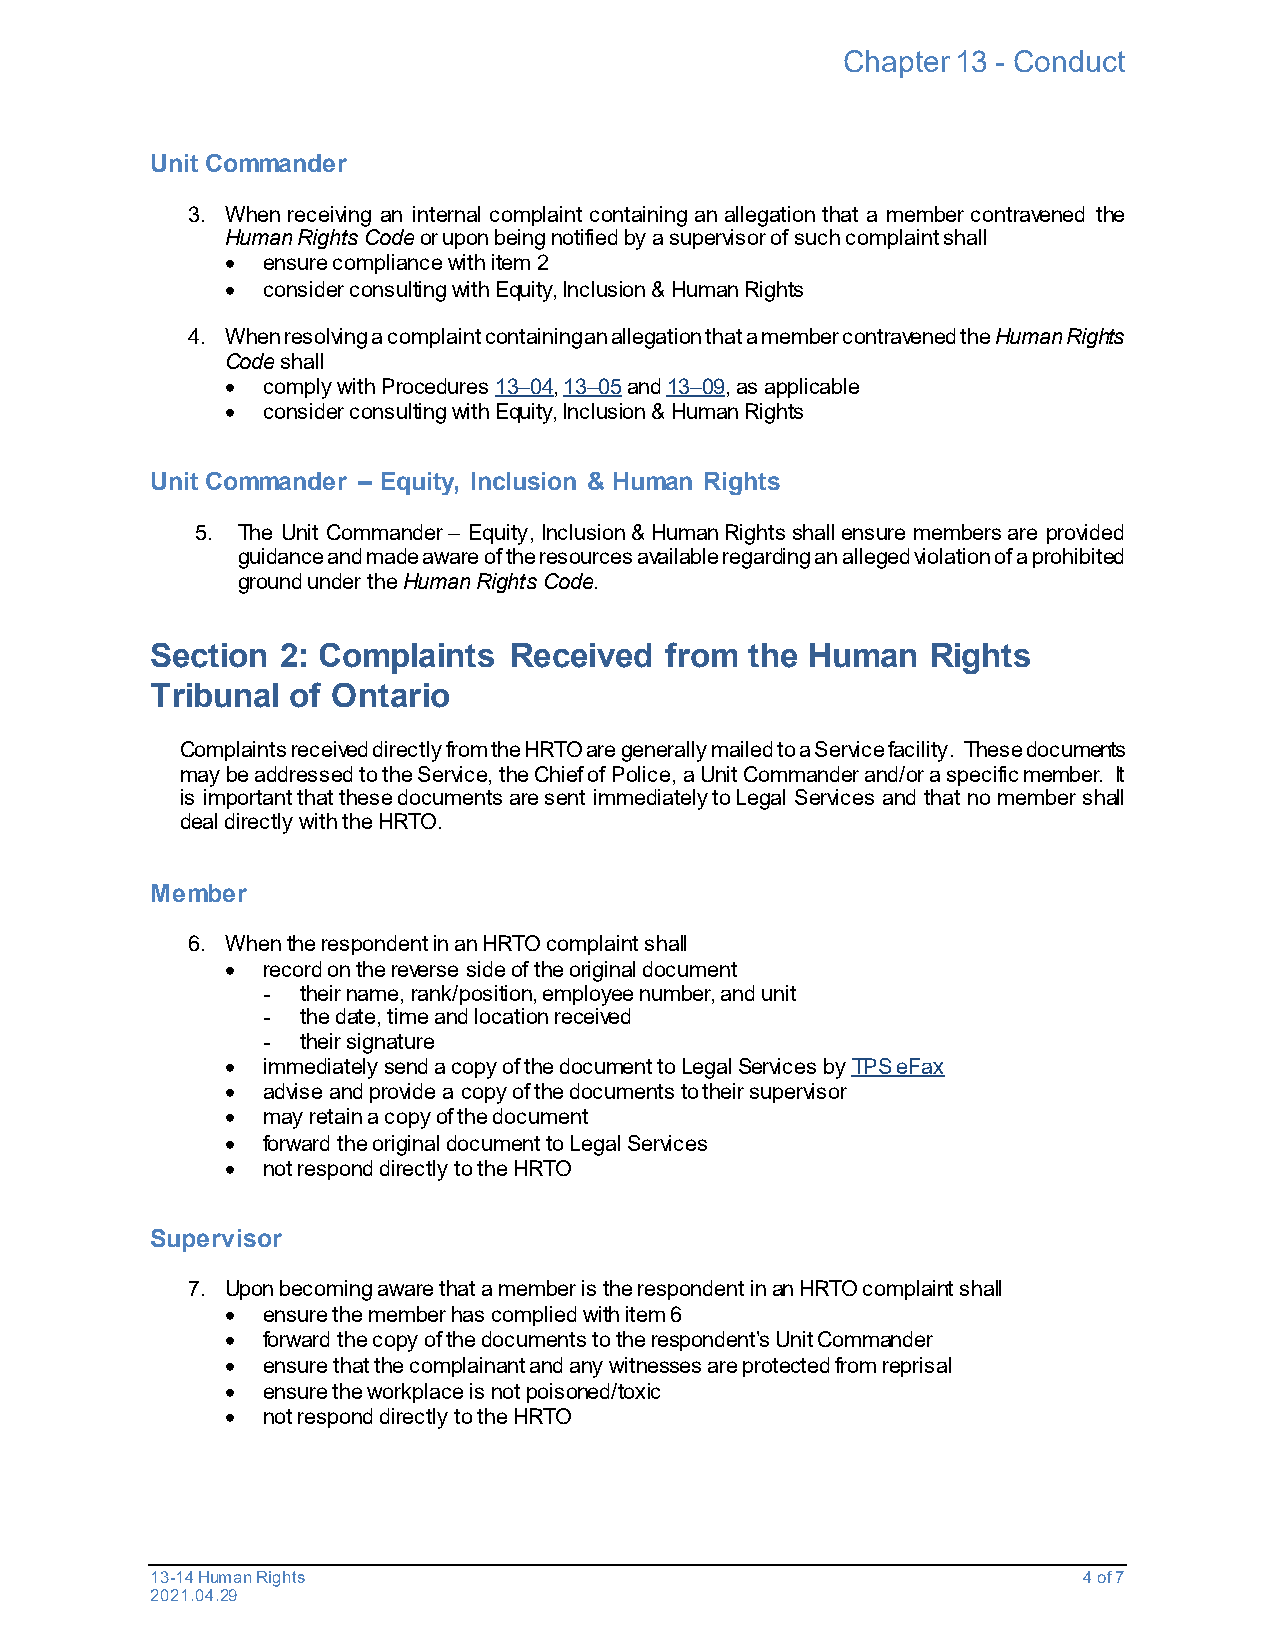
Chapter 13 - Conduct
 Unit Commander
 3. When receiving an internal complaint containing an allegation that a member contravened the
 Human Rights Code or upon being notified by a supervisor of such complaint shall
 • ensure compliance with item 2
 • consider consulting with Equity, Inclusion & Human Rights
 4. When resolving a complaint containing an allegation that a member contravened the Human Rights
 Code shall
 • comply with Procedures 13–04, 13–05 and 13–09, as applicable
 • consider consulting with Equity, Inclusion & Human Rights
 Unit Commander – Equity, Inclusion & Human Rights
 5. The Unit Commander – Equity, Inclusion & Human Rights shall ensure members are provided
 guidance and made aware of the resources available regarding an alleged violation of a prohibited
 ground under the Human Rights Code.
 Section  2: Complaints  Received  from  the Human   Rights
 Tribunal of Ontario
 Complaints received directly from the HRTO are generally mailed to a Service facility. These documents
 may be addressed to the Service, the Chief of Police, a Unit Commander and/or a specific member. It
 is important that these documents are sent immediately to Legal Services and that no member shall
 deal directly with the HRTO.
 Member
 6. When the respondent in an HRTO complaint shall
 • record on the reverse side of the original document
 -  their name, rank/position, employee number, and unit
 -  the date, time and location received
 -  their signature
 • immediately send a copy of the document to Legal Services by TPS eFax
 • advise and provide a copy of the documents to their supervisor
 • may retain a copy of the document
 • forward the original document to Legal Services
 • not respond directly to the HRTO
 Supervisor
 7. Upon becoming aware that a member is the respondent in an HRTO complaint shall
 • ensure the member has complied with item 6
 • forward the copy of the documents to the respondent’s Unit Commander
 • ensure that the complainant and any witnesses are protected from reprisal
 • ensure the workplace is not poisoned/toxic
 • not respond directly to the HRTO
 13-14 Human Rights                                            4 of 7
 2021.04.29